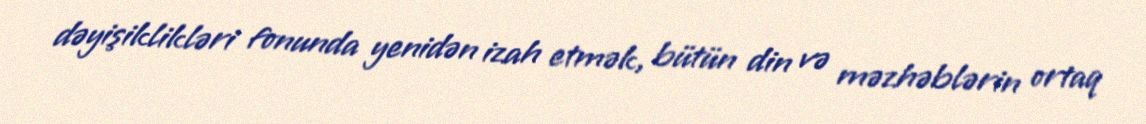
dəyişiklikləri fonunda yenidən izah etmək, bütün din və məzhəblərin ortaq